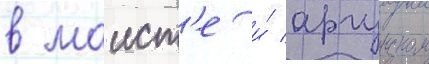
в маист'е и́ аргунском